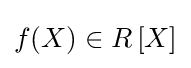
f(X)\in R\left[X\right]